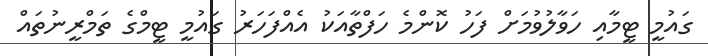
ގައުމީ ޓީމާއި ހަވާލުވުމަށް ފަހު ކޮންމެ ހަފްތާއަކު އެއްފަހަރު ގައުމީ ޓީމްގެ ތަމްރީނުތައް